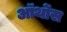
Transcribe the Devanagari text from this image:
ऑर्थोस